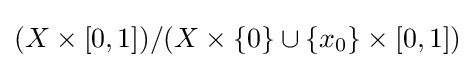
(X\times [0,1])/(X\times \left\{0\right\}\cup \left\{x_{0}\right\}\times [0,1])